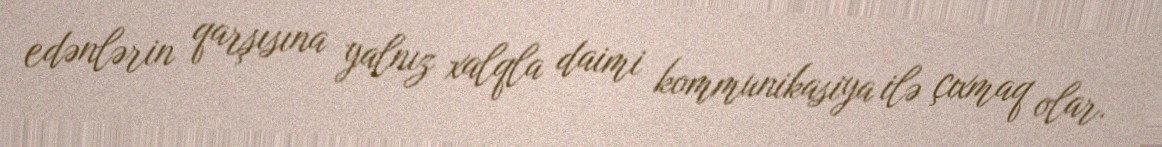
edənlərin qarşısına yalnız xalqla daimi kommunikasiya ilə çıxmaq olar.